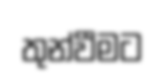
තුන්වීමට